Indian journal of veterinary science and animal husbandry - Volumes 15-17, 1948-1951
Year: 1948
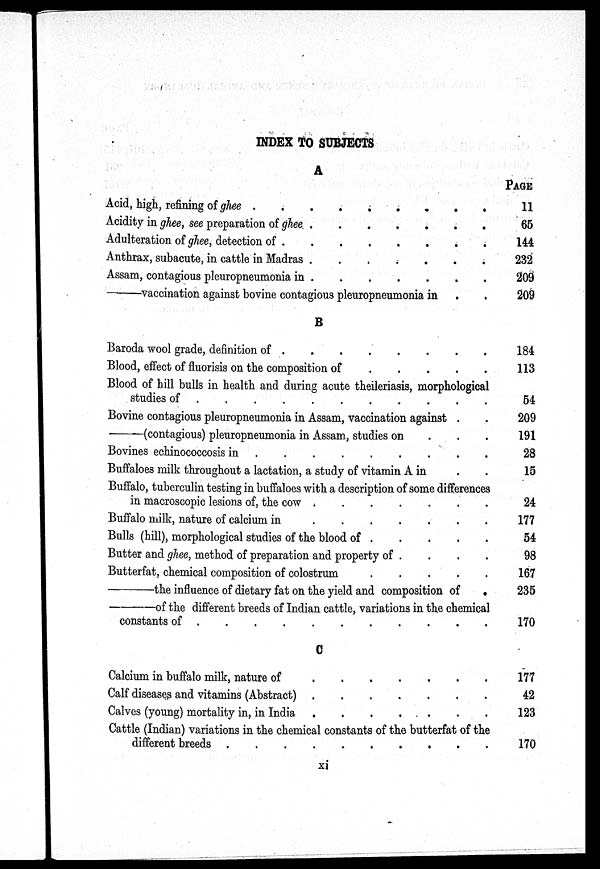
INDEX TO SUBJECTS
A
Acid, high, refining of ghee
.
.
.
.
.
.
.
.
Acidity in ghee, see preparation of ghee
.
.
.
.
.
.
.
.
Adulteration of ghee, detection of
.
.
.
.
.
.
.
.
Anthrax, subacute, in cattle in Madras. . . . . . . . .
Assam, contagious pleuropneumonia in . . . . . . . .
—vaccination
against bovine contagious pleuropneumonia in . .
B
Baroda wool grade, definition of
.
.
.
.
.
.
.
.
Blood, effect of fluorisis on the composition of . . . . . . . .
Blood of bill bulls in health and during acute theileriasis, morphological
studies of . . . . . . . . . . . . . . . .
Bovine contagious pleuropneumonia in Assam, vaccination against . . . . . . . .
—(contagious pleuropneumenia in Assam, studies on . . . . . . . .
Bovines echinococcosis in
.
.
.
.
.
.
.
.
Buffaloes milk throughout a lactation, a study of vitamin A in . .
Buffalo, tuberculin testing in buffaloes with a description of some differences
in macroscopic lesions of, the cow
.
.
.
.
.
.
.
.
Buffalo milk, nature of calcium in
.
.
.
.
.
.
.
.
Bulls (hill), morphological studies of the blood of . . . . . . . .
Butter and ghee, method of preparation and property of . . . . .
Butterfat, chemical composition of colostrum . . . . . . . .
—the
influence of dietary fat on the yield and composition of
.
—of
the different breeds of Indian cattle, variations in the chemical
constants of
.
.
.
.
.
.
.
.
C
Calcium in buffalo milk, nature of
.
.
.
.
.
.
.
.
Calf diseases and vitamins (Abstract)
.
.
.
.
.
.
.
.
Calves (young) mortality in, in India
.
.
.
.
.
.
.
.
Cattle (Indian) variations in the chemical constants of the butterfat of the
different breeds . . . . . . . . . . . . . . . .
PAGE
11
65
144
232
209
209
184
113
54
209
191
28
15
24
177
54
98
167
235
170
177
42
123
170
xi